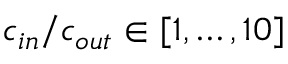
c _ { i n } / c _ { o u t } \in [ 1 , \dots , 1 0 ]